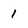
Character: 1